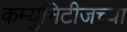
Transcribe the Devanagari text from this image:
कम्युनिटीजच्या